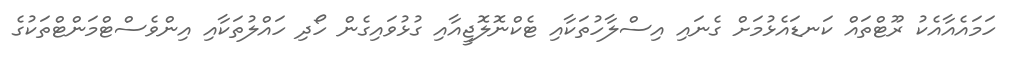
ހަމައެއާއެކު ރޫޓްތައް ކަނޑައެޅުމަށް ގެނައި އިސްލާހުތަކާއި ޓެކްނޮލޮޖީއާއި ގުޅުވައިގެން ހޯދި ހައްލުތަކާއި އިންވެސްޓްމަންޓްތަކުގެ